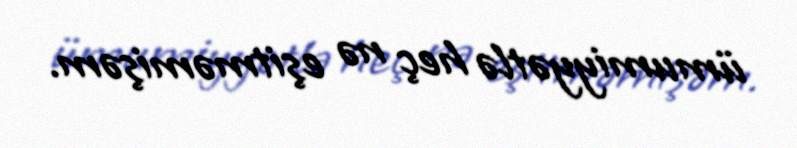
ümumiyyətlə heç nə eşitməmişəm.